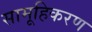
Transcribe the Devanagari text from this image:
सामूहिकरण